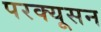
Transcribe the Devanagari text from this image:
परक्यूसन